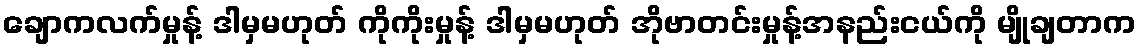
ချောကလက်မှုန့် ဒါမှမဟုတ် ကိုကိုးမှုန့် ဒါမှမဟုတ် အိုဗာတင်းမှုန့်အနည်းငယ်ကို မျိုချတာက